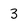
Character: 3